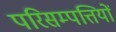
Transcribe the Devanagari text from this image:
परिसम्‍पत्तियों